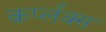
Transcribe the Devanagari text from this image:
कर्प्लंक्स